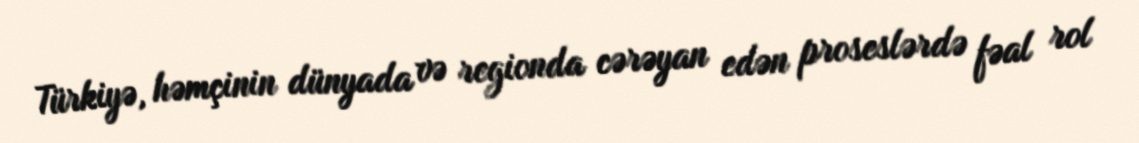
Türkiyə, həmçinin dünyada və regionda cərəyan edən proseslərdə fəal rol